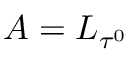
A = { L } _ { \tau ^ { 0 } }